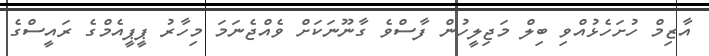
އާޒިމް ހުށަހެޅުއްވި ބިލް މަޖިލީހުން ފާސްވެ ގާނޫނަކަށް ވެއްޖެނަމަ މިހާރު ޕީޕީއެމްގެ ރައީސްގެ